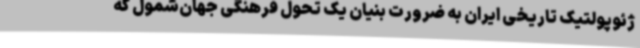
ژئوپولتیک تاریخی ایران به ضرورت بنیان یک تحول فرهنگی‌ جهان‌شمول که